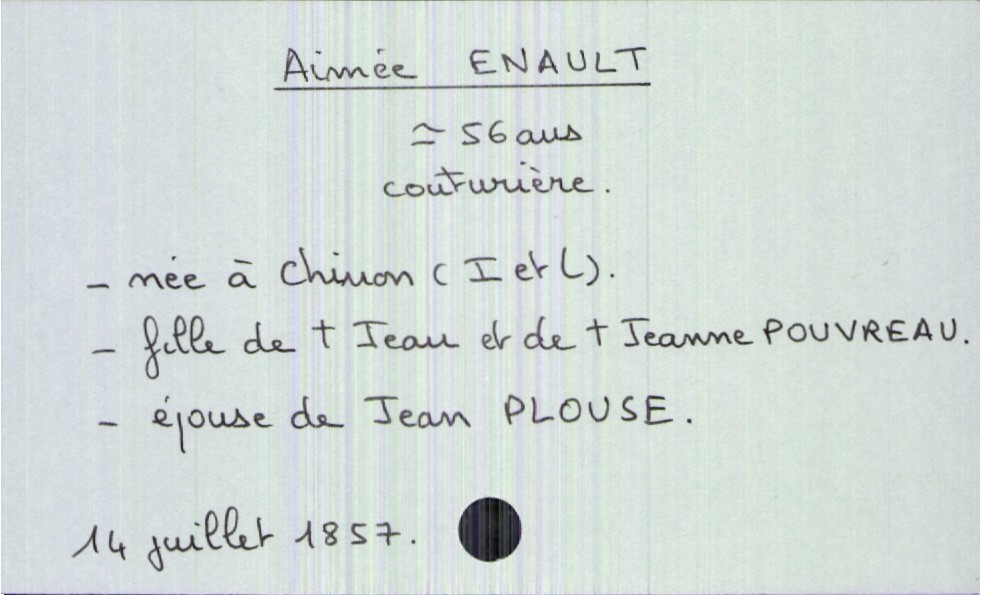
type_acte: Décès
année: 1857
mois: juillet
jour: 14
défunt_nom: Enault
défunt_prénom: Aimée
défunt_sexe: F
défunt_âge: 56 ans
défunt_profession: couturière
défunt_lieu_de_naissance: Chinon (Indre et Loire)
défunt_statut: marié(e)
père_défunt_nom: Enault
père_défunt_prénom: Jean
père_défunt_statut: décédé
mère_défunt_nom: Pouvreau
mère_défunt_prénom: Jeanne
mère_défunt_statut: décédée